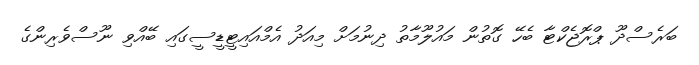
ބަރެސްދޫ ޕްރޮޖެކްޓާ ބެހޭ ގޮތުން މައުލޫމާތު ދިނުމަށް މިއަދު އެމްއައިޓީޑީސީގައި ބޭއްވި ނޫސްވެރިންގެ